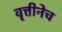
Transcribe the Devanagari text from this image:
वृत्तीनेच